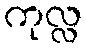
ကုလ္လ